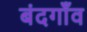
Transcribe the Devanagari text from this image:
बंदगाँव